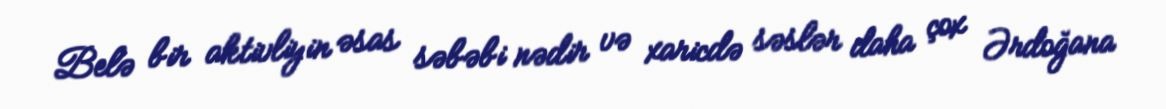
Belə bir aktivliyin əsas səbəbi nədir və xaricdə səslər daha çox Ərdoğana